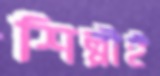
শিল্পীই